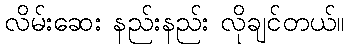
လိမ်းဆေး နည်းနည်း လိုချင်တယ်။